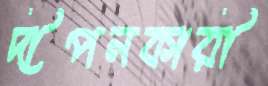
দীপনকারী